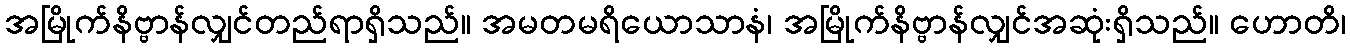
အမြိုက်နိဗ္ဗာန်လျှင်တည်ရာရှိသည်။ အမတမရိယောသာနံ၊ အမြိုက်နိဗ္ဗာန်လျှင်အဆုံးရှိသည်။ ဟောတိ၊